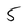
Character: 5